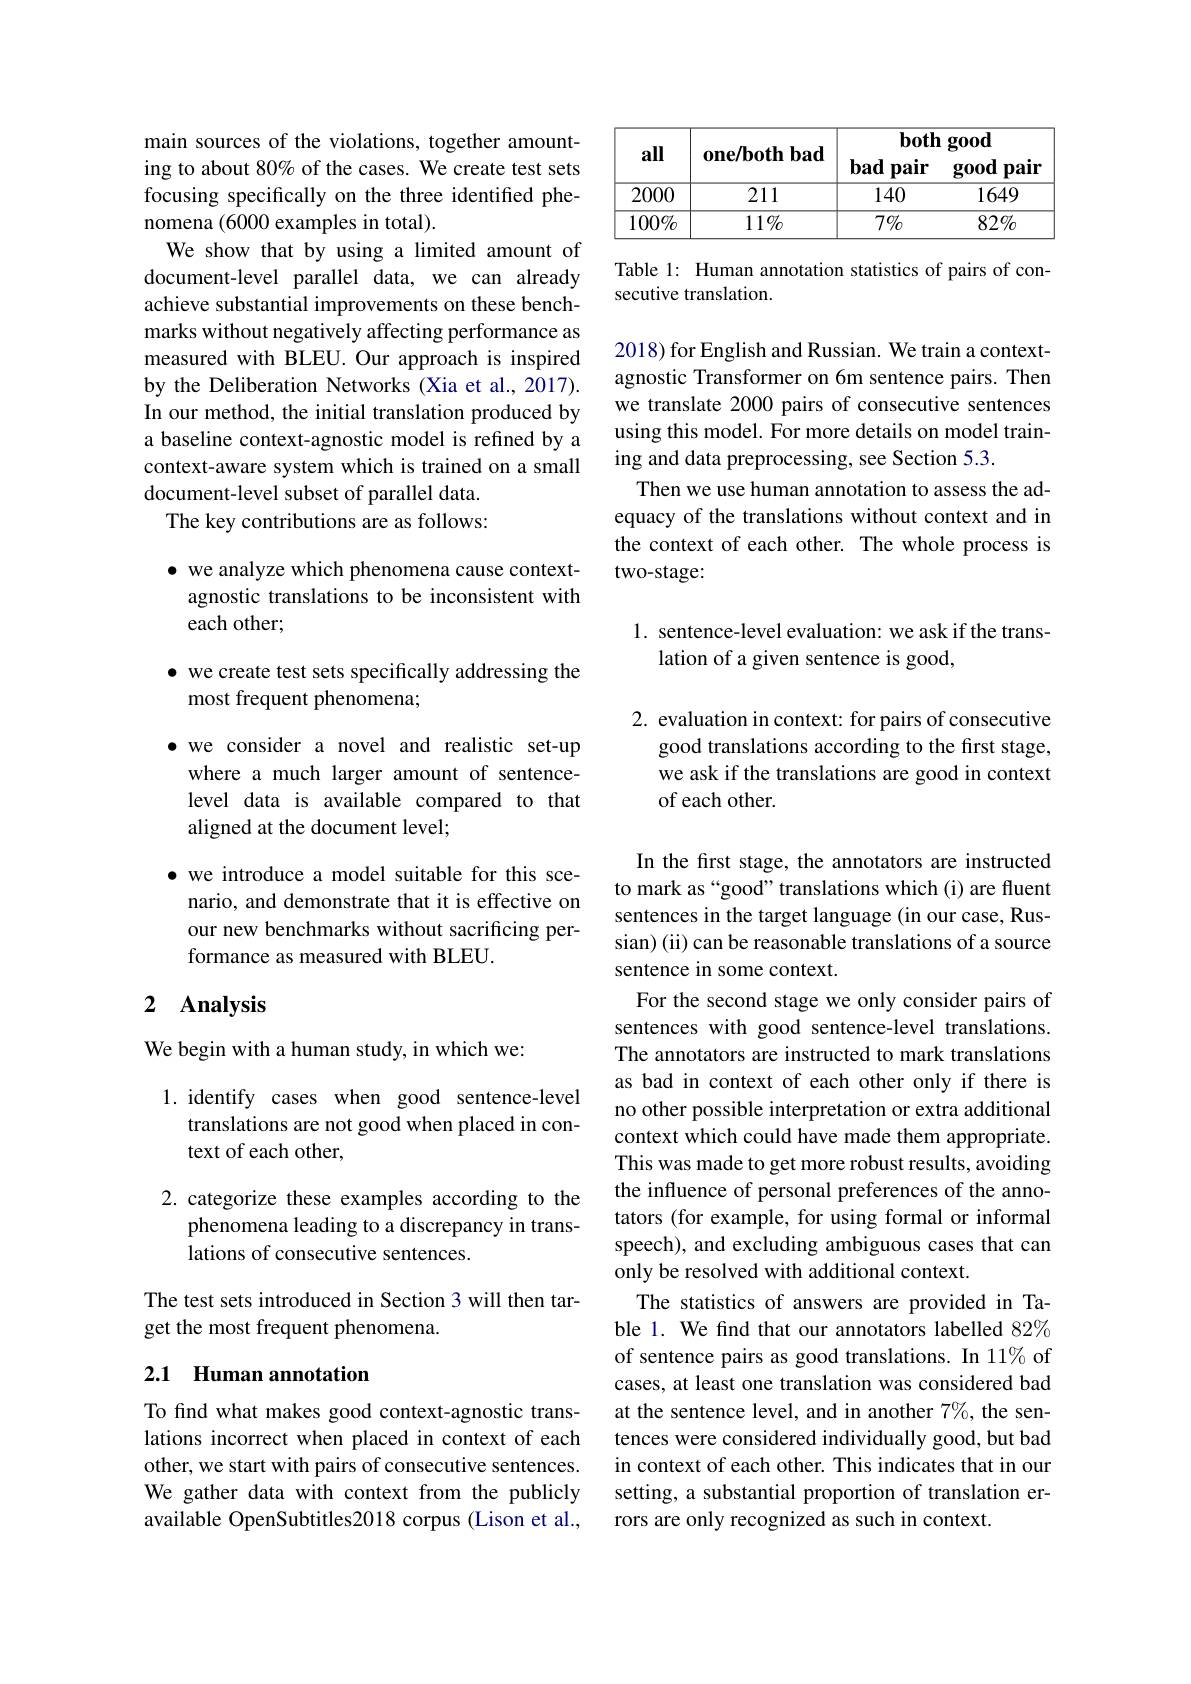
main sources of the violations, together amounting to about 80% of the cases. We create test sets focusing specifically on the three identified phenomena (6000 examples in total).
We show that by using a limited amount of document-level parallel data, we can already achieve substantial improvements on these benchmarks without negatively affecting performance as measured with BLEU.Our approach is inspired by the Deliberation Networks (Xia et al., 2017). In our method, the initial translation produced by a baseline context-agnostic model is refined by a context-aware system which is trained on a small document-level subset of parallel data. The key contributions are as follows:

$\bullet$ we analyze which phenomena cause contextagnostic translations to be inconsistent with each other;

$\bullet$ we create test sets specifically addressing the
most frequent phenomena;

·we consider a novel and realistic set-up
where a much larger amount of sentencelevel data is available compared to that aligned at the document level;

$\bullet$ we introduce a model suitable for this scenario, and demonstrate that it is effective on our new benchmarks without sacrificing performance as measured with BLEU.

## 2 Analysis

We begin with a human study, in which wez

1. identify cases when good sentence-level
translations are not good when placed in con-
text of each other,

2.categorize these examples according to the
phenomena leading to a discrepancy in trans-
lations of consecutive sentences.

The test sets introduced in Section 3 will then tar-
get the most frequent phenomena.

## 2.1 Human annotation

To find what makes good context-agnostic translations incorrect when placed in context of each other, we start with pairs of consecutive sentences. We gather data with context from the publicly available OpenSubtitles2018 corpus (Lison et al.,

<table>
	<tbody>
		<tr>
			<th rowspan="1">all</th>
			<th rowspan="1">$one/bothbad$</th>
			<th colspan="2">$\textbf{both good}$</th>
		</tr>
		<tr>
			<td>2000</td>
			<td>211</td>
			<td>140</td>
			<td>1649</td>
		</tr>
		<tr>
			<td>$100\%$</td>
			<td>$111\%$</td>
			<td>$7\%$</td>
			<td>$82\%$</td>
		</tr>
	</tbody>
</table>

Table 1: Human annotation statistics of pairs of con-
secutive translation.

2018) for English and Russian. We train a contextagnostic Transformer on 6m sentence pairs. Then we translate 2000 pairs of consecutive sentences using this model. For more details on model training and data preprocessing, see Section 5.3.
Then we use human annotation to assess the adequacy of the translations without context and in the context of each other. The whole process is two-stage:

1. sentence-level evaluation: we ask if the trans-
lation of a given sentence is good,

2. evaluation in context: for pairs of consecutive
good translations according to the first stage, we ask if the translations are good in context of each other.

In the first stage, the annotators are instructed to mark as“good”translations which(i) are fluent sentences in the target language (in our case, Russian) (ii) can be reasonable translations of a source sentence in some context.
For the second stage we only consider pairs of sentences with good sentence-level translations. The annotators are instructed to mark translations as bad in context of each other only if there is no other possible interpretation or extra additional context which could have made them appropriate. This was made to get more robust results, avoiding the influence of personal preferences of the annotators (for example, for using formal or informal speech), and excluding ambiguous cases that can only be resolved with additional context.
The statistics of answers are provided in Table 1. We find that our annotators labelled 82% of sentence pairs as good translations. In 11% of cases, at least one translation was considered bad at the sentence level, and in another $7\%$, the sentences were considered individually good, but bad in context of each other. This indicates that in our setting, a substantial proportion of translation errors are only recognized as such in context.